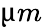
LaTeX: \upmu m